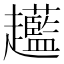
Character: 𧾲